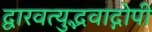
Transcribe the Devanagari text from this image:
द्वारवत्युद्भवाद्गोपी